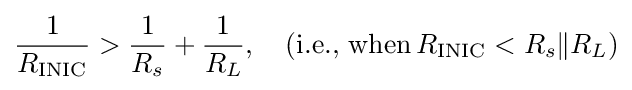
{\frac {1}{R_{\text{INIC}}}}>{\frac {1}{R_{s}}}+{\frac {1}{R_{L}}},\quad {\text{(i.e., when}}\,R_{\text{INIC}}<R_{s}\|R_{L}{\text{)}}